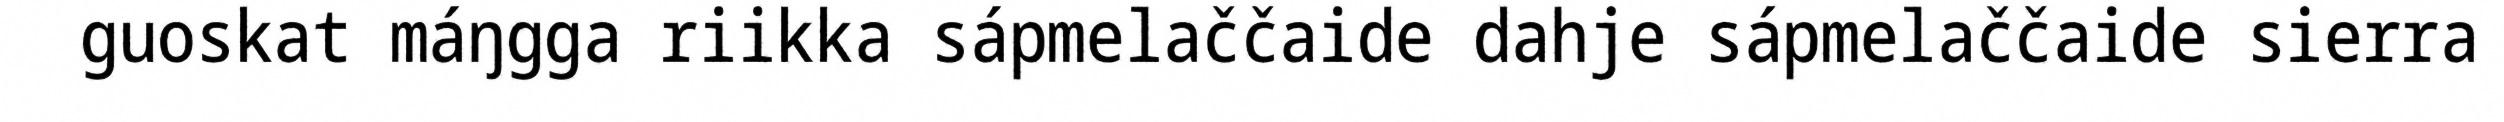
guoskat máŋgga riikka sápmelaččaide dahje sápmelaččaide sierra